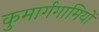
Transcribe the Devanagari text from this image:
कुमार्गगामियों